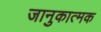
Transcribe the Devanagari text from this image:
जानुकात्मक